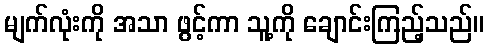
မျက်လုံးကို အသာ ဖွင့်ကာ သူ့ကို ချောင်းကြည့်သည်။